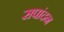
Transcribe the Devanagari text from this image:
सपांदन